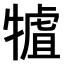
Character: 𤛏